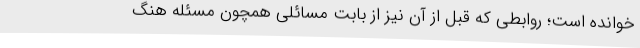
خوانده است؛ روابطی که قبل از آن نیز از بابت مسائلی همچون مسئله هنگ